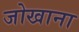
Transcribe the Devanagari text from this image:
जोखाना